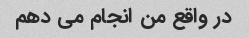
در واقع من انجام می دهم